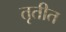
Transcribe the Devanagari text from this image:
तृतीत